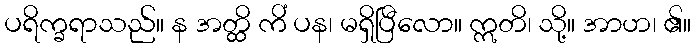
ပရိက္ခရာသည်။ န အတ္ထိ ကိံ ပန၊ မရှိပြီလော။ ဣတိ၊ သို့။ အာဟ၊ ၏။